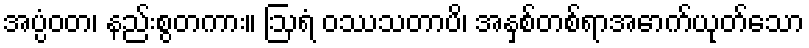
အပ္ပံဝတ၊ နည်းစွတကား။ ဩရံ ဝဿသတာပိ၊ အနှစ်တစ်ရာအောက်ယုတ်သော